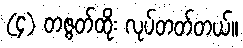
(၄) တဇွတ်ထိုး လုပ်တတ်တယ်။